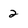
Character: 2